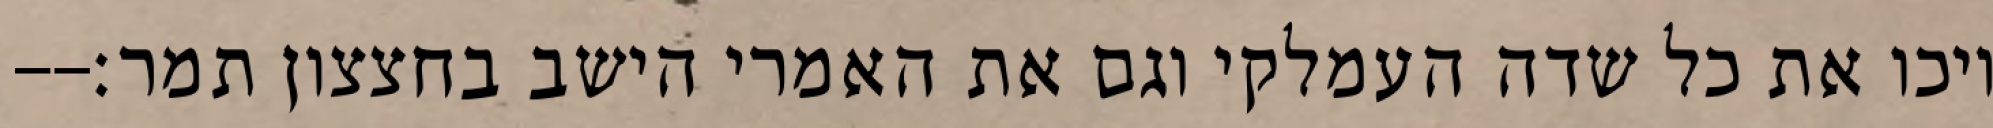
ויכו את כל שדה העמלקי וגם את האמרי הישב בחצצון תמר׃--